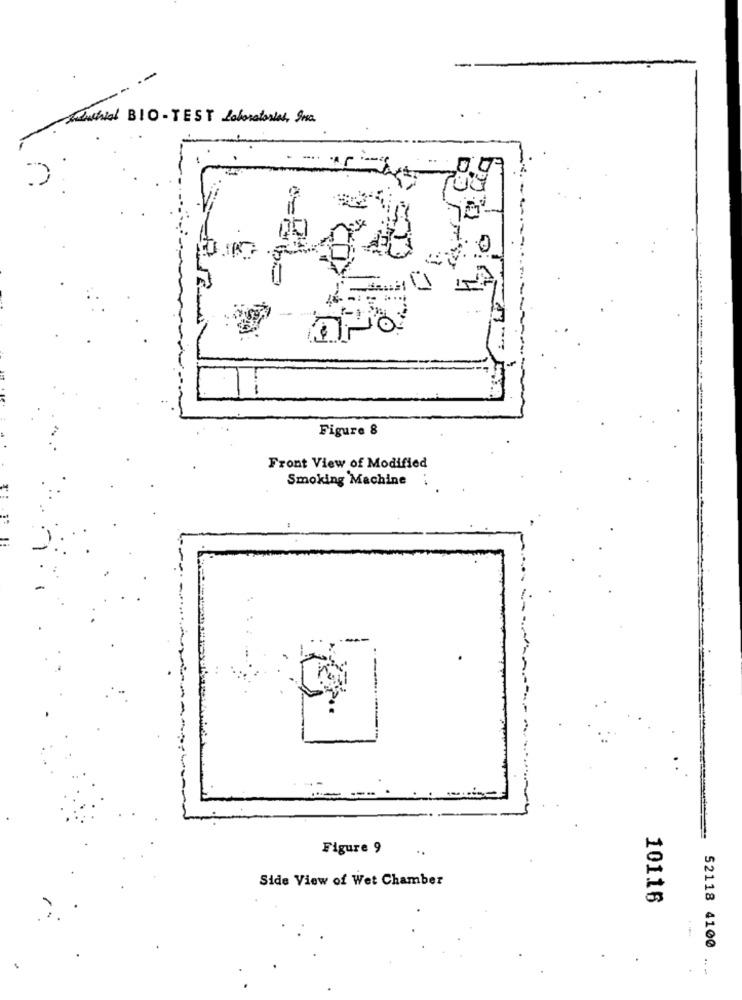
Kawhial BIO - TEST Laboratories, Ina.
-.. .
0
Figure 8
Front View of Modified
Smoking Machine
Figure 9
Side View of Wet Chamber
10116
52118 4100
- -